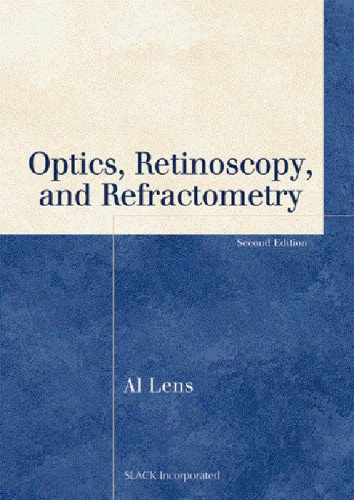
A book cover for Optics, Retinoscopy, and Refractometry (Basic Bookshelf for Eyecare Professionals); Al Lens COMT; Medical Books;